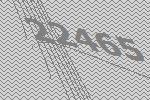
22465